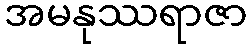
အမနုဿရာဇာ